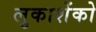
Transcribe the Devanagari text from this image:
लुकाशेंको